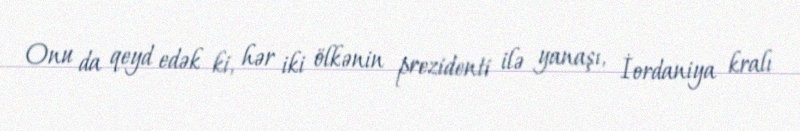
Onu da qeyd edək ki, hər iki ölkənin prezidenti ilə yanaşı, İordaniya kralı